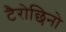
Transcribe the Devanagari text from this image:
टैरोछिनो